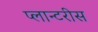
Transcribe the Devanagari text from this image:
प्लान्टरीस